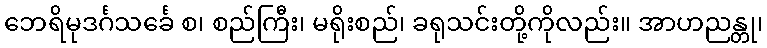
ဘေရိမုဒင်္ဂသင်္ခေ စ၊ စည်ကြီး၊ မရိုးစည်၊ ခရုသင်းတို့ကိုလည်း။ အာဟညန္တု၊